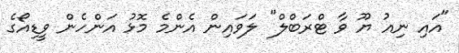
"އައި ނިއު ޔޫ ވާ ޓްރަބްލް" ލަވައިން އެންމެ މޮޅު އަންހެން ވީޑިއޯގެ